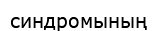
синдромының